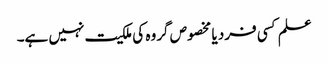
علم کسی فرد یا مخصوص گروہ کی ملکیت نہیں ہے۔